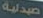
صيدلية